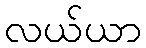
လယ်ယာ